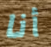
أنا